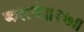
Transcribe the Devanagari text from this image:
कलये॥१७॥